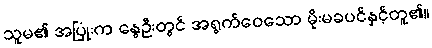
သူမ၏ အပြုံးက နွေဦးတွင် အရွက်ဝေသော မိုးမခပင်နှင့်တူ၏။